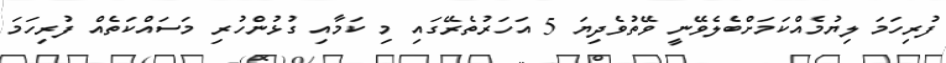
ފުރިހަމަ ލިޔުމެއްކަމަށްބެލެވޭނީ ވޭތުވެދިޔަ 5 އަހަރުތެރޭގައި މި ކަމާއި ގުޅުންހުރި މަސައްކަތެއް ފުރިހަމަ